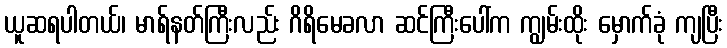
ယူဆရပါတယ်၊ မာရ်နတ်ကြီးလည်း ဂိရိမေခလာ ဆင်ကြီးပေါ်က ကျွမ်းထိုး မှောက်ခုံ ကျပြီး